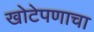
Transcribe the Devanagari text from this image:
खोटेपणाचा